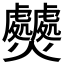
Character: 𤓤